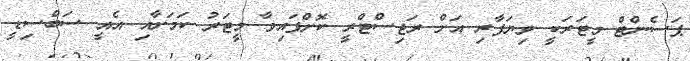
ޕަސެންޓް މީޓަރަކީ ވިޔަފާރި އަށް ރަޖިސްޓްރީ ކޮށްފައިވާ މީޓަރު ކަމަށާއި އެއީ ސަބްސިޑީ